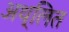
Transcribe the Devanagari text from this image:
अथ्लित